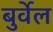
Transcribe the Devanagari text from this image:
बुर्वेल